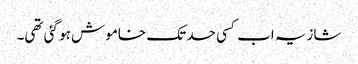
شازیہ اب کسی حد تک خاموش ہو گئی تھی۔